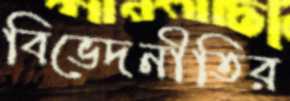
বিভেদনীতির